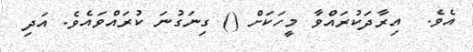
އެވެ.  އިރާދަކުރައްވާ މީހަކަށް () ގިނަގުނަ ކުރައްވައެވެ. އަދި